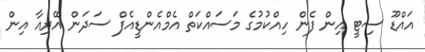
އައްޑޫ ސިޓީ އިން ފެން ހިއްކުމުގެ މަސައްކަތް އެމްއެންޑީއެފް ސަދަން އޭރިއާ އިން